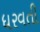
ધરવતી